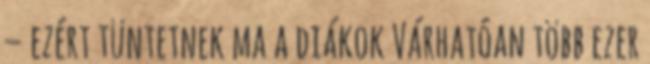
– ezért tüntetnek ma a diákok Várhatóan több ezer